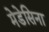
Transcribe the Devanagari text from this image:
मेडेसिना